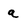
Character: a